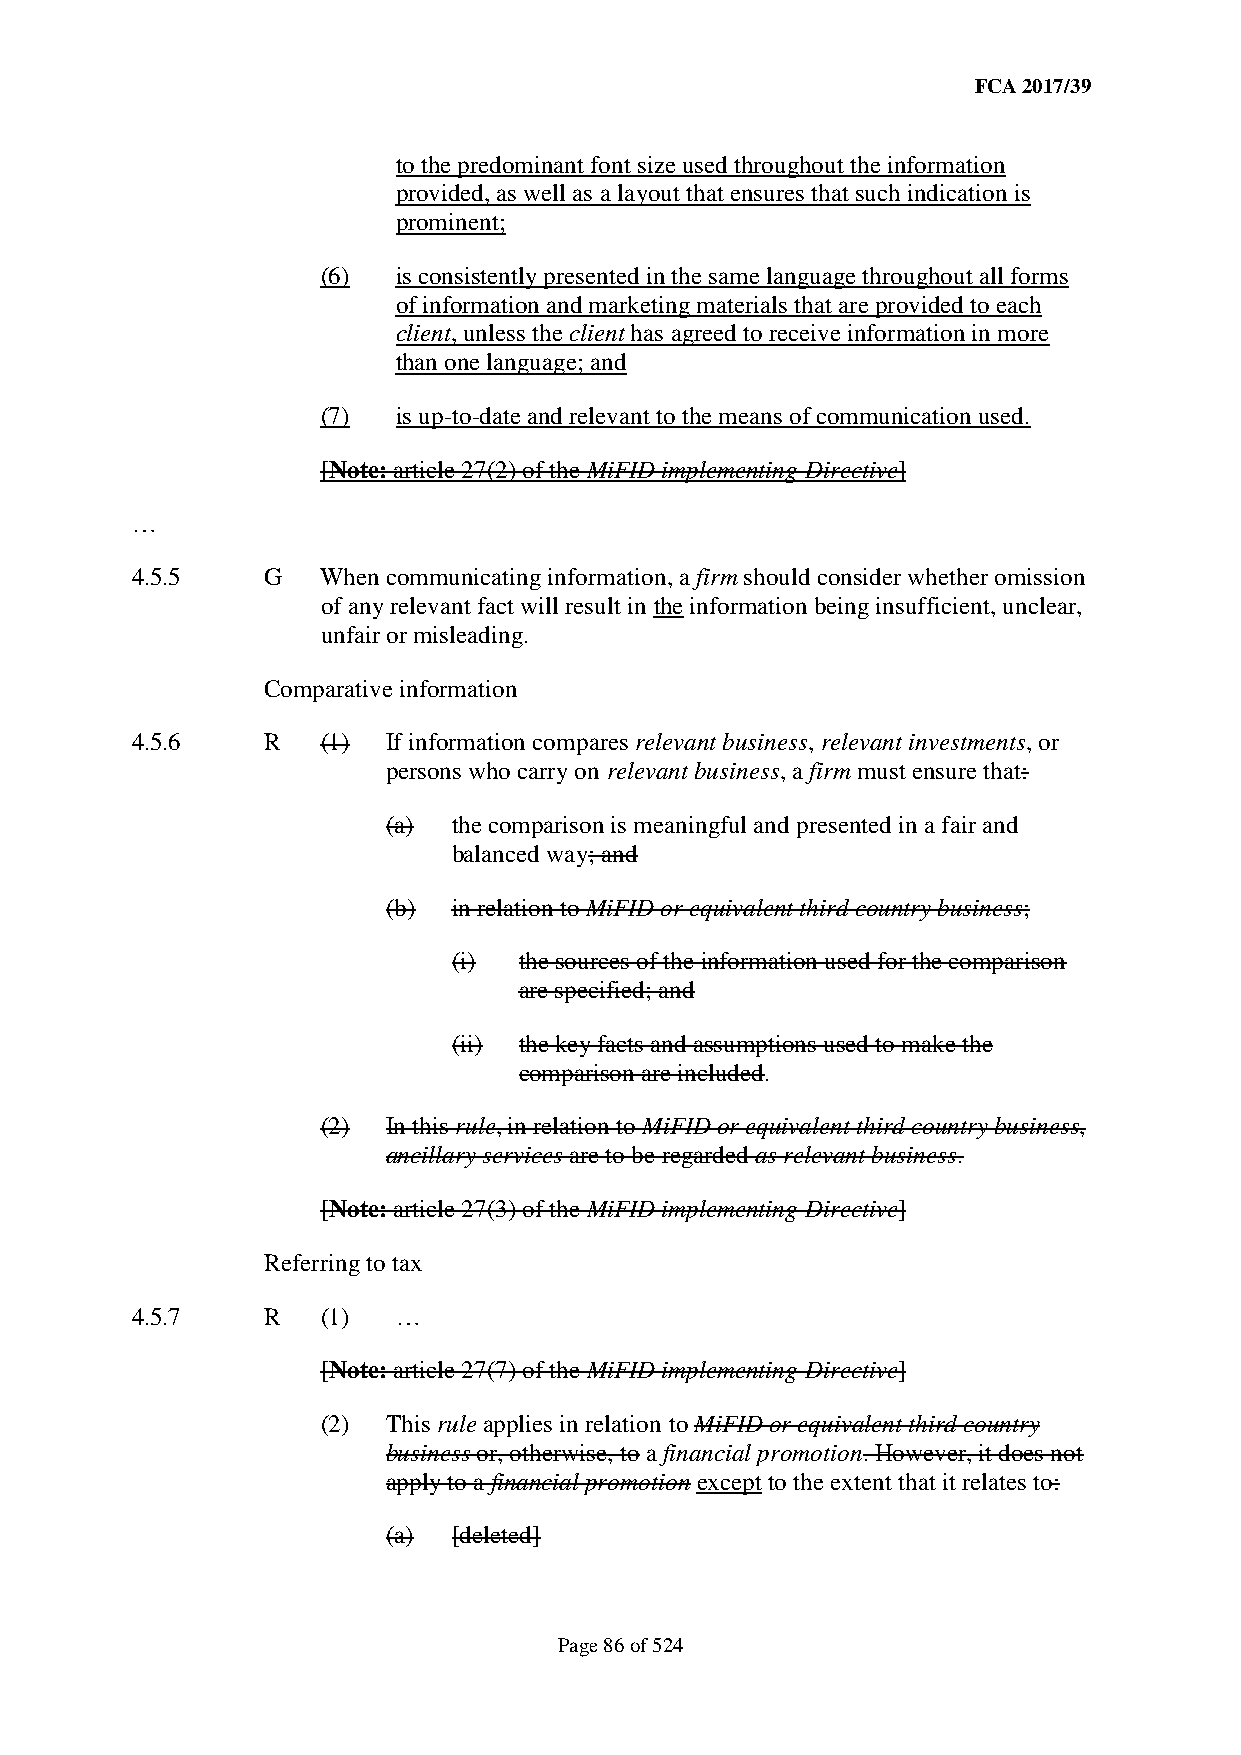
FCA 2017/39
 to the predominant font size used throughout the information
 provided, as well as a layout that ensures that such indication is
 prominent;
 (6)  is consistently presented in the same language throughout all forms
 of information and marketing materials that are provided to each
 client, unless the client has agreed to receive information in more
 than one language; and
 (7)  is up-to-date and relevant to the means of communication used.
 [Note: article 27(2) of the MiFID implementing Directive]
 …
 4.5.5   G   When communicating information, a firm should consider whether omission
 of any relevant fact will result in the information being insufficient, unclear,
 unfair or misleading.
 Comparative information
 4.5.6   R   (1)  If information compares relevant business, relevant investments, or
 persons who carry on relevant business, a firm must ensure that:
 (a) the comparison is meaningful and presented in a fair and
 balanced way; and
 (b) in relation to MiFID or equivalent third country business;
 (i) the sources of the information used for the comparison
 are specified; and
 (ii) the key facts and assumptions used to make the
 comparison are included.
 (2)  In this rule, in relation to MiFID or equivalent third country business,
 ancillary services are to be regarded as relevant business.
 [Note: article 27(3) of the MiFID implementing Directive]
 Referring to tax
 4.5.7   R   (1)  …
 [Note: article 27(7) of the MiFID implementing Directive]
 (2)  This rule applies in relation to MiFID or equivalent third country
 business or, otherwise, to a financial promotion. However, it does not
 apply to a financial promotion except to the extent that it relates to:
 (a) [deleted]
 Page 86 of 524